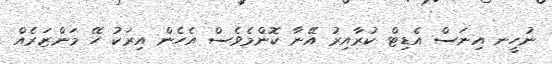
ނުހީނ އިނަސް އެޑިޓް ކުރާއިރު އޭނާ ކޮންމެވެސް އެހެން އިރަކު ހޭ މަންޒަރެއް